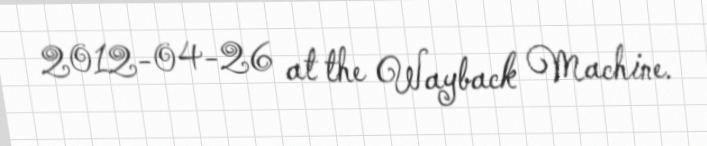
2012-04-26 at the Wayback Machine.